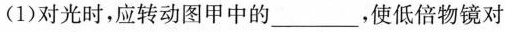
(1)对光时，应转动图甲中的___，使低倍物镜对